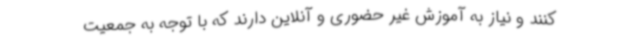
کنند و نیاز به آموزش غیر حضوری و آنلاین دارند که با توجه به جمعیت